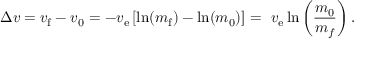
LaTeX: ~ \Delta v = v _ { \mathrm { f } } - v _ { 0 } = - v _ { \mathrm { e } } \left[ \ln ( m _ { \mathrm { f } } ) - \ln ( m _ { 0 } ) \right] = ~ v _ { \mathrm { e } } \ln \left( { \frac { m _ { 0 } } { m _ { f } } } \right) .